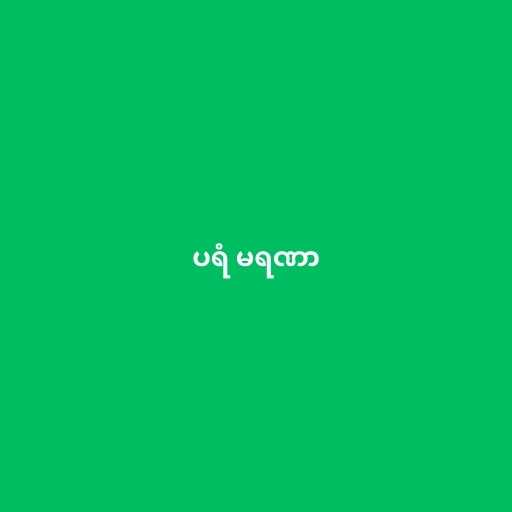
ပရံ မရဏာ